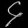
Digit: ၄